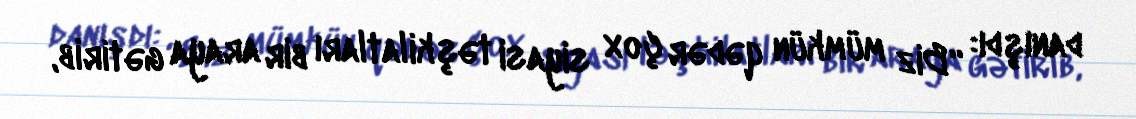
danışdı: “Biz mümkün qədər çox siyasi təşkilatları bir araya gətirib,